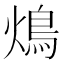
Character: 䲴